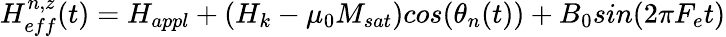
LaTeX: H_{eff}^{n,z}(t)=H_{appl}+(H_{k}-\mu_{0}M_{sat})cos(\theta_{n}(t))+B_{0}sin(2\pi F_{e}t)